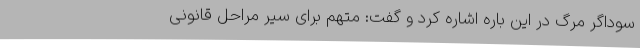
سوداگر مرگ در این باره اشاره کرد و گفت: متهم برای سیر مراحل قانونی